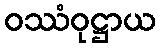
ဝဿံဝုဋ္ဌာယ